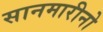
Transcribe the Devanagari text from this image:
सानमारीनो